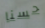
حسنا